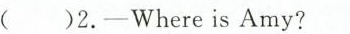
( )2.-Where is Amy?